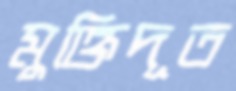
মুক্তিদূত